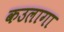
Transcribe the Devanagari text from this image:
कउलागा